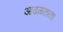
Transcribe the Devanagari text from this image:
आढळताता